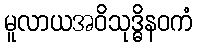
မူလာယအဝိသုဒ္ဓိနဝကံ